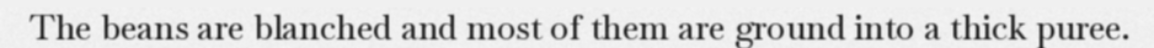
The beans are blanched and most of them are ground into a thick puree.